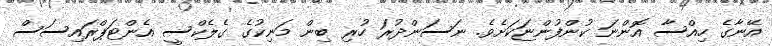
އޭނާގެ ހިއްސާ އޮންނަ ކުންފުންޏަކަށެވެ. ނަސަންދުރަ ހުރި ބިން މަނިކުގެ ގެލެކްސީ އެންޓަޕްރައިސަސް